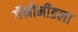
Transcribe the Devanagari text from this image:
गॅनीमीडला